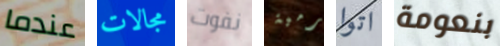
عندما مجالات نفوت رمية اتوا بنعومة